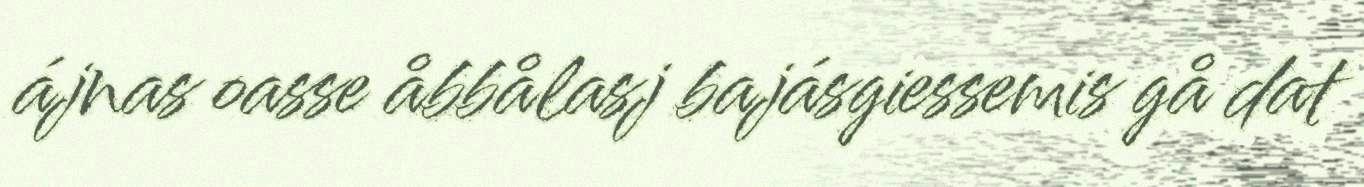
ájnas oasse åbbålasj bajásgiessemis gå dat